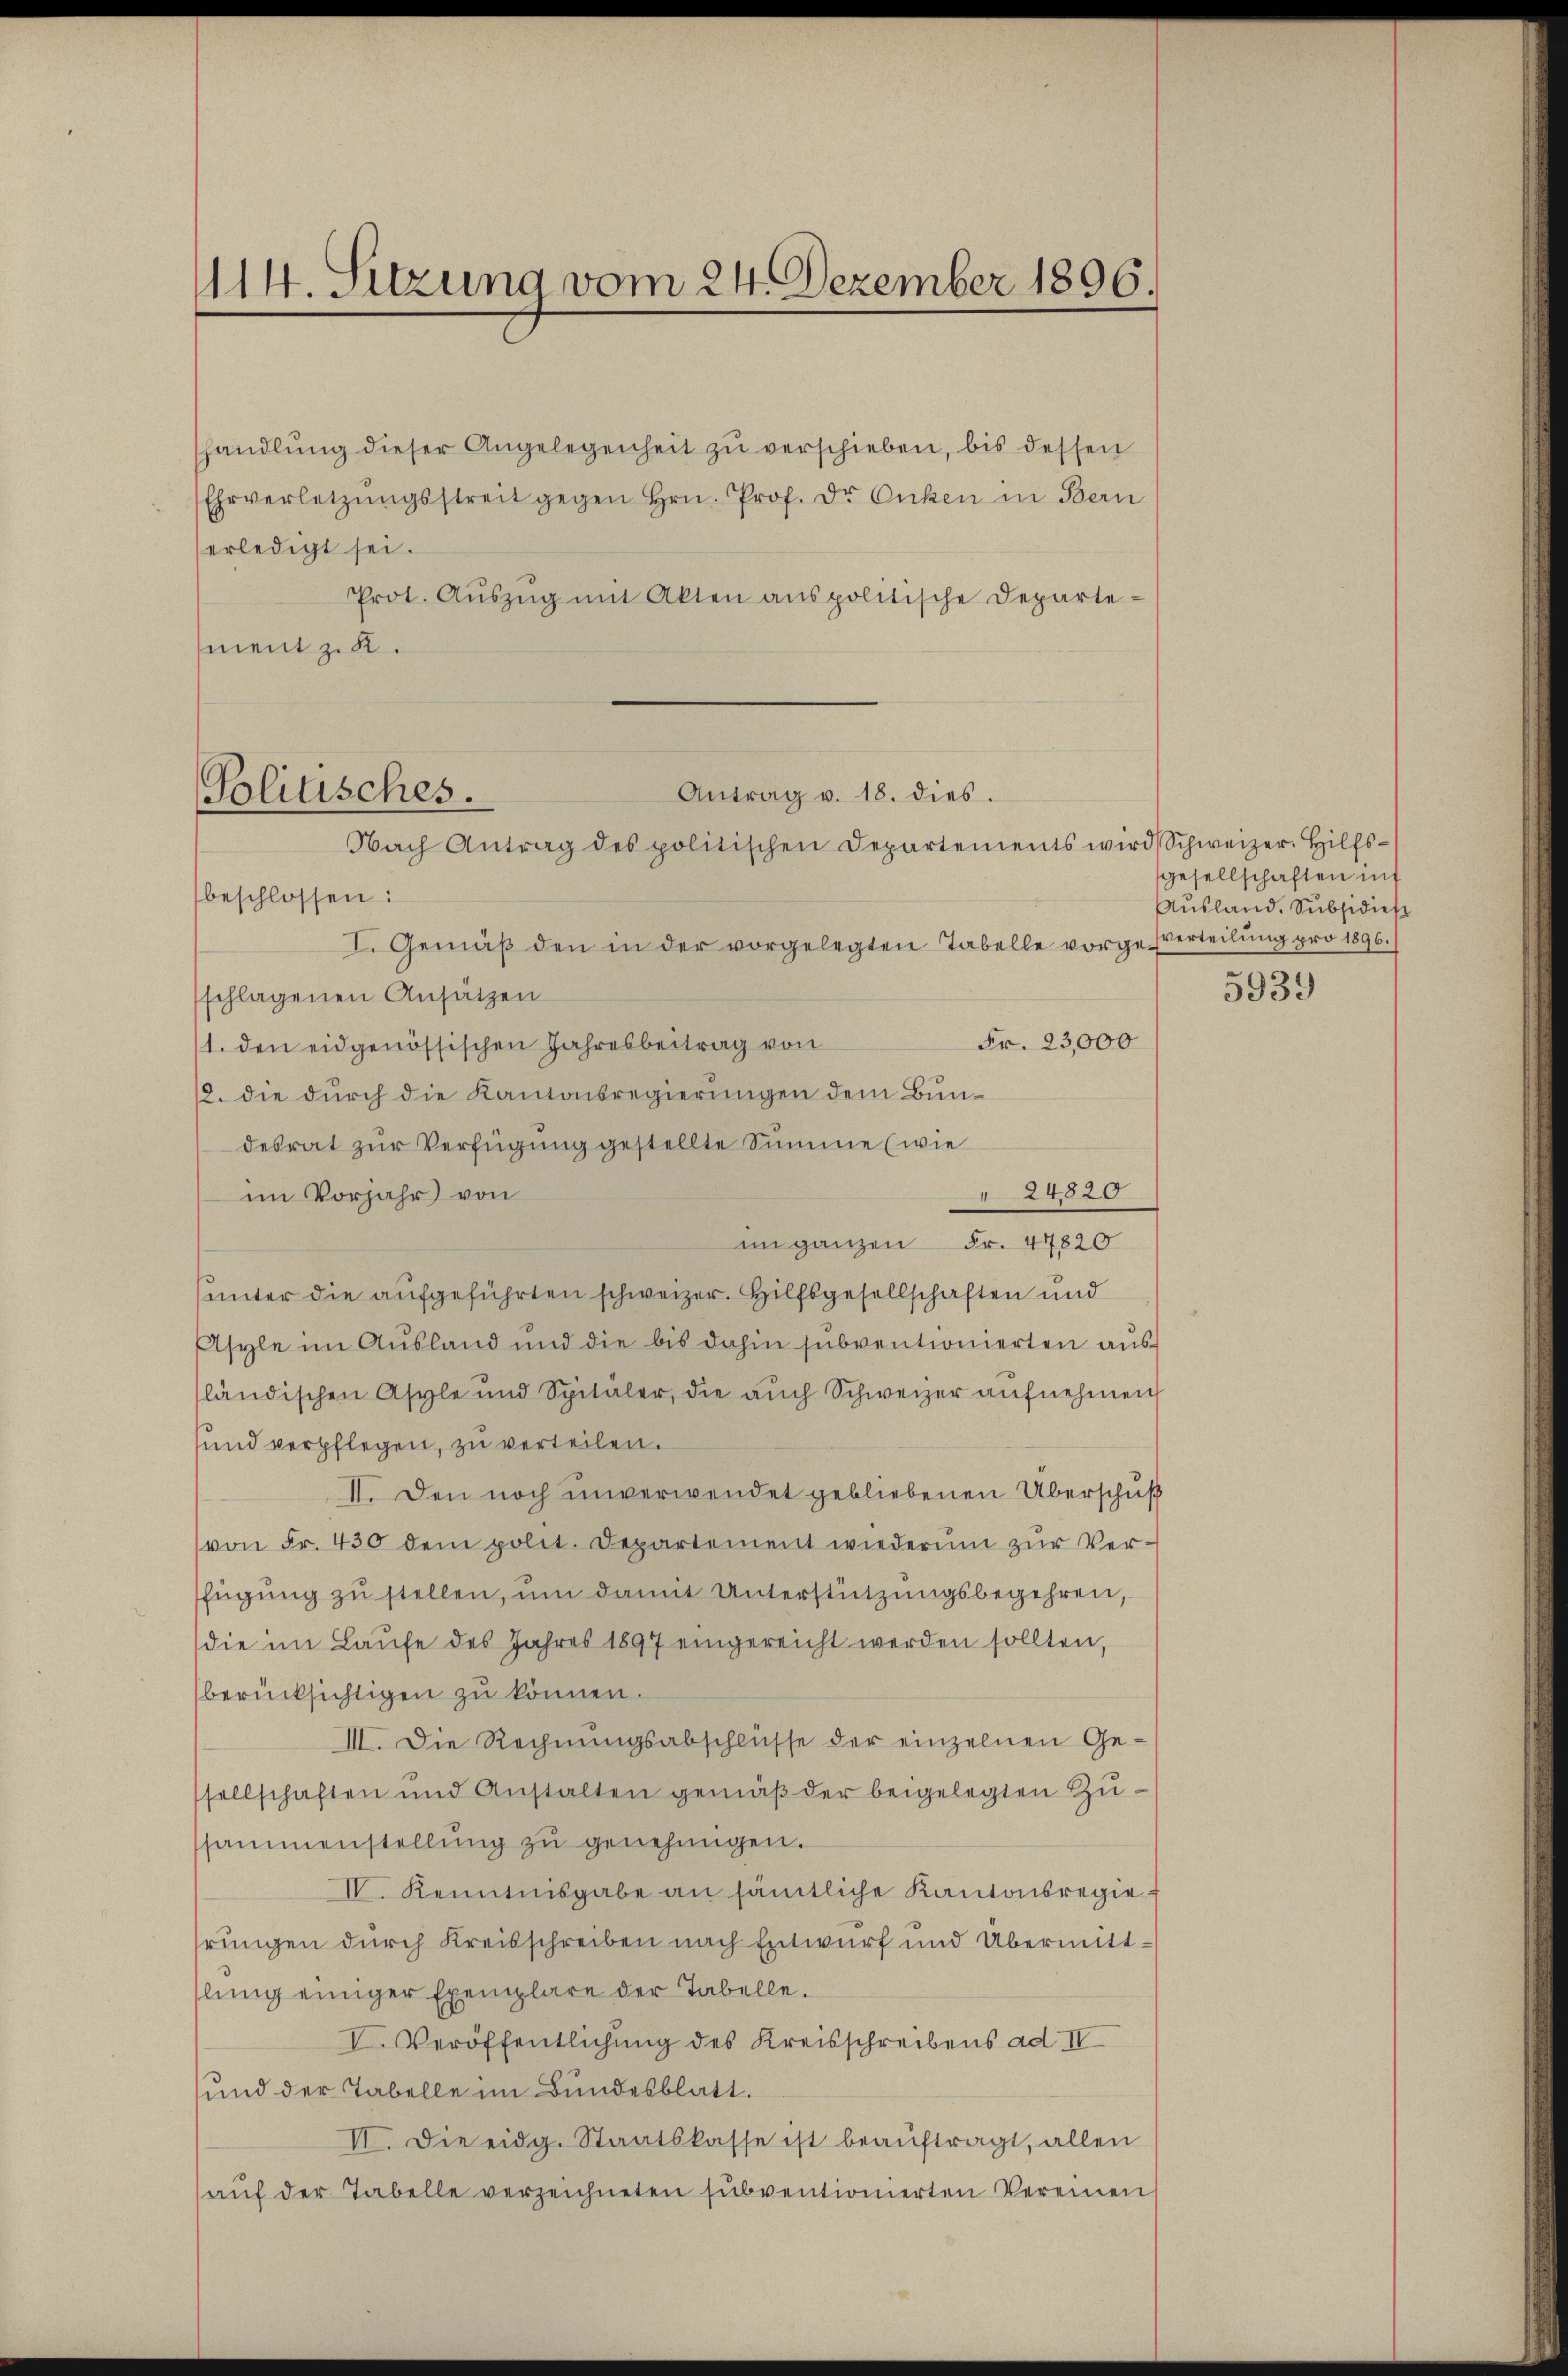
114. Sitzung vom 24. Dezember 1896.

handlŭng dieser Angelegenheit zŭ verschieben, bis dessen
Ehrverletzŭngsstreit gegen hrn. Prof. Dr. Onken in Bern
erledigt sei.
Prot. Aŭszŭg mit Akten anspolitische Departe-
ment zu.

beschlossen:
I. Gemäβ den in der vorgelegten Tabelle vorge Verteilŭng pro 1896.
schlagenen Ansätzen
Fr. 23,000
1. den eidgenössischen Jahresbeitrag von
2. die durch die Kantonsregierungen dem Bundesrat zur Verfügung gestellte Summe (wie
24820
im Vorjahr von
in ganzen Fr. 47820
unter die aufgeführten schweizer. Hilfsgesellschaften und
Asyle im Aŭsland und die bis dahin sŭbventionierten aŭs
ländischen Asyle und Spitäler, die aŭch Schweizer aufnehmen
und verpflegen, zu verteilen.
II. Den noch unverwendet gebliebenen Überschuß
von Fr. 430 dem polit. Departement wiederum zŭr Ver-
fügŭng zŭ stellen, ŭm damit Unterstützungsbegehren,
die im Laŭfe des Jahres 1897 eingereicht werden sollten,
berücksichtigen zŭ können.
III. Die Rechnŭngsabschlüsse der einzelnen Ge-
sellschaften und Anstalten gemäß der beigelegten Zusammenstellŭng zŭ genehmigen.
IV. Kenntnisgabe an sämtliche Kantonsregiehrungen durch Kreisschreiben nach Entwurf und Übermittlŭng einiger Exemplare der Tabelle.
V. Veröffentlichung des Kreisschreibens ad IV
und der Tabelle im Bundesblatt.
II. Die eidg. Staatskasse ist beauftragt, allen
aŭf der Tabelle verzeichneten sŭbventionierten Vereinen

Antrag v. 18. dies.
Politisches.
Nach Antrag des politischen Departements wird Schweizer. Hilfs-

gesellschaften mit
Aŭsland. Subsidier

5939)